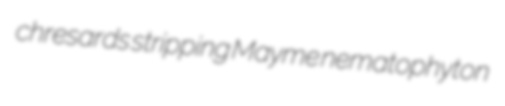
chresards stripping Mayme nematophyton